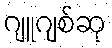
ဂျူဂျစ်ဆု